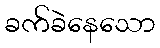
ခက်ခဲနေသော